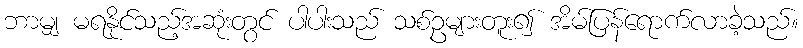
ဘာမျှ မရနိုင်သည့်အဆုံးတွင် ပါပါးသည် သစ်ဥများတူး၍ အိမ်ပြန်ရောက်လာခဲ့သည်။